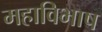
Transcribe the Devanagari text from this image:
महाविभाष